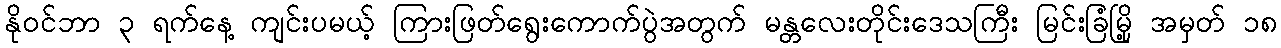
နိုဝင်ဘာ ၃ ရက်နေ့ ကျင်းပမယ့် ကြားဖြတ်ရွေးကောက်ပွဲအတွက် မန္တလေးတိုင်းဒေသကြီး မြင်းခြံမြို့ အမှတ် ၁၈